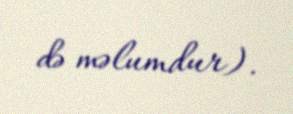
də məlumdur).